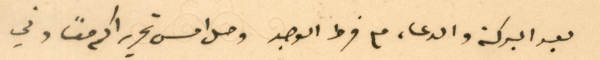
بعد البركة والدعاء مع فرط الوجد وصل امس تحريراكم معًا وفي